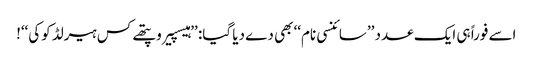
اسے فوراً ہی ایک عدد ’’سائنسی نام‘‘ بھی دے دیا گیا: ’’ہیسپیروپتھے کس ہیرلڈ کوکی‘‘!